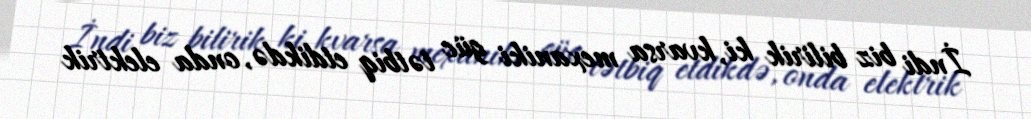
İndi biz bilirik ki, kvarsa mexaniki güc tətbiq etdikdə, onda elektrik